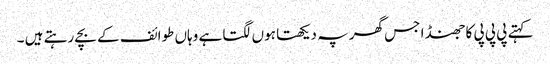
کہتے پی پی پی کا جھنڈا جس گھر پہ دیکھتا ہوں لگتا ہے وہاں طوائف کے بچے رہتے ہیں ۔